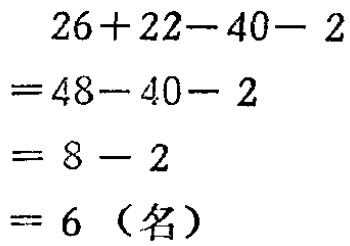
\[
\begin{align*}
&26 + 22 - 40 - 2\\
=&48 - 40 - 2\\
=&8 - 2\\
=&6（名）
\end{align*}
\]